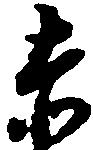
赤